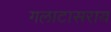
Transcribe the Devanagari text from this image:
गलाटासराय